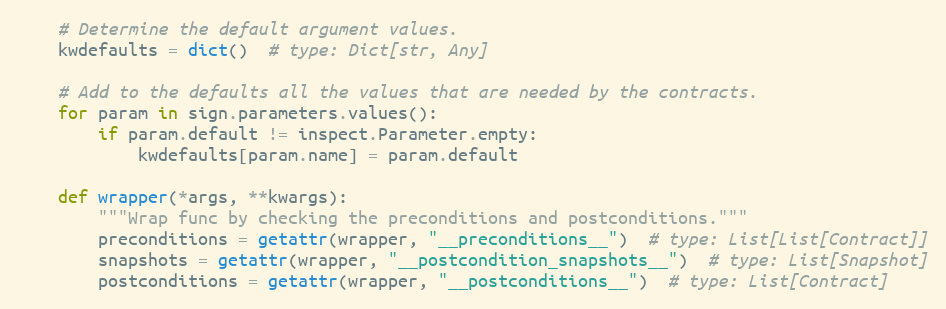
Language: Python
    # Determine the default argument values.
    kwdefaults = dict()  # type: Dict[str, Any]

    # Add to the defaults all the values that are needed by the contracts.
    for param in sign.parameters.values():
        if param.default != inspect.Parameter.empty:
            kwdefaults[param.name] = param.default

    def wrapper(*args, **kwargs):
        """Wrap func by checking the preconditions and postconditions."""
        preconditions = getattr(wrapper, "__preconditions__")  # type: List[List[Contract]]
        snapshots = getattr(wrapper, "__postcondition_snapshots__")  # type: List[Snapshot]
        postconditions = getattr(wrapper, "__postconditions__")  # type: List[Contract]